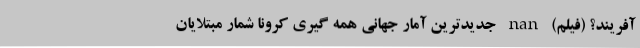
آفریند؟ (فیلم) nan جدیدترین آمار جهانی همه گیری کرونا شمار مبتلایان